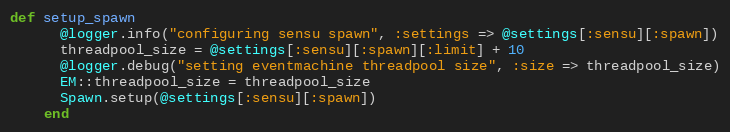
Language: Ruby
def setup_spawn
      @logger.info("configuring sensu spawn", :settings => @settings[:sensu][:spawn])
      threadpool_size = @settings[:sensu][:spawn][:limit] + 10
      @logger.debug("setting eventmachine threadpool size", :size => threadpool_size)
      EM::threadpool_size = threadpool_size
      Spawn.setup(@settings[:sensu][:spawn])
    end